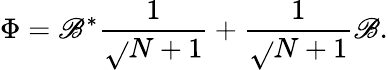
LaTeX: \Phi=\mathscr{B}^{*}\frac{{1}}{{\sqrt{}{{N+1}}}}+\frac{{1}}{{\sqrt{}{{N+1}}}}\mathscr{B}.